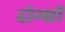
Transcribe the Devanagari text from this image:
दोग्ध्री